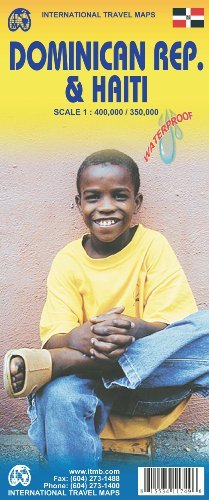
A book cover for By ITM Canada Dominican Republic 1:400,000 & Haiti 1:350,000 Travel Map (International Travel Maps) (2nd Edition); Travel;